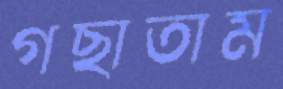
গছাতাম